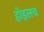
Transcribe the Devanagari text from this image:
होइलच